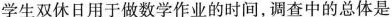
学生双休日用于做数学作业的时间，调查中的总体